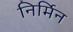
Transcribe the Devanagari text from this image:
निर्मिन